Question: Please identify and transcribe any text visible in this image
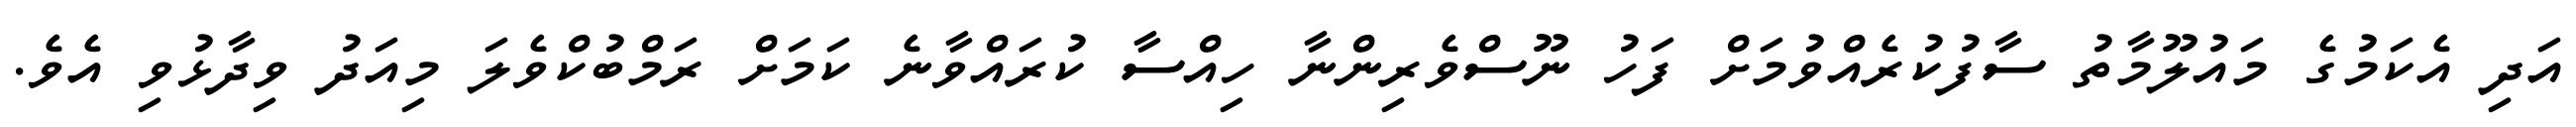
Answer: އަދި އެކަމުގެ މައުލޫމާތު ސާފުކުރެއްވުމަށް ފަހު ނޫސްވެރިންނާ ހިއްސާ ކުރައްވާނެ ކަމަށް ރަމްބުކްވެލަ މިއަދު ވިދާޅުވި އެވެ.